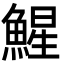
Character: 鯹